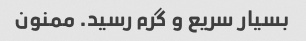
بسیار سریع و گرم رسید. ممنون